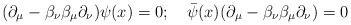
\begin{align*}(\partial_\mu - \beta_\nu \beta_\mu \partial_\nu) \psi(x) = 0; \quad{\bar \psi}(x) (\partial_\mu - \beta_\nu \beta_\mu \partial_\nu) = 0\end{align*}